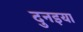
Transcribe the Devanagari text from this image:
दुनइया